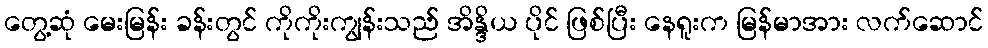
တွေ့ဆုံ မေးမြန်း ခန်းတွင် ကိုကိုးကျွန်းသည် အိန္ဒိယ ပိုင် ဖြစ်ပြီး နေရူးက မြန်မာအား လက်ဆောင်